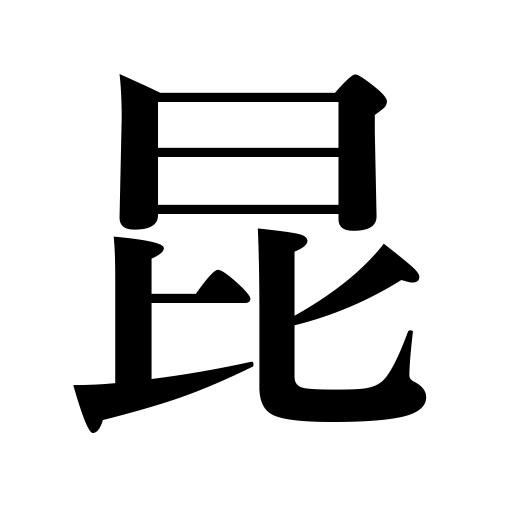
Meanings: descendants,elder brother